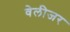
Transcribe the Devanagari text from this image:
वेलीजर